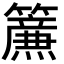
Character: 𮆴